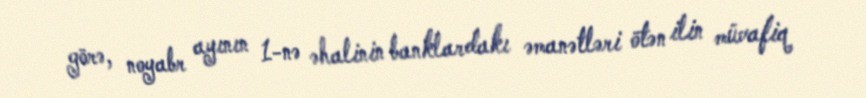
görə, noyabr ayının 1-nə əhalinin banklardakı əmanətləri ötən ilin müvafiq